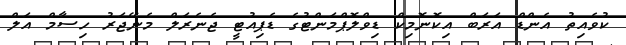
ކުވެއިތު އެންޑް އަރަބް އިކޮނޮމިކް ޑިވްލޮޕްމަންޓުގެ ޑެޕިއުޓީ ޖެނެރަލް މެނޭޖަރު ހިސާމް އަލް